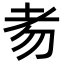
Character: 𦒶